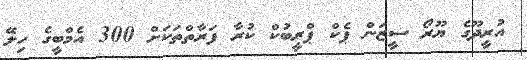
އުރީދޫގެ ޔޫރޯ ސީޒަން ޕެކް ޕްރީބުކް ކުރާ ފަރާތްތަކަށް 300 އެމްބީގެ ހިލޭ